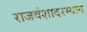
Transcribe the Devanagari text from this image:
राजवंशादरम्यान